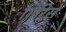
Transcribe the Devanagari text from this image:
गिरिस